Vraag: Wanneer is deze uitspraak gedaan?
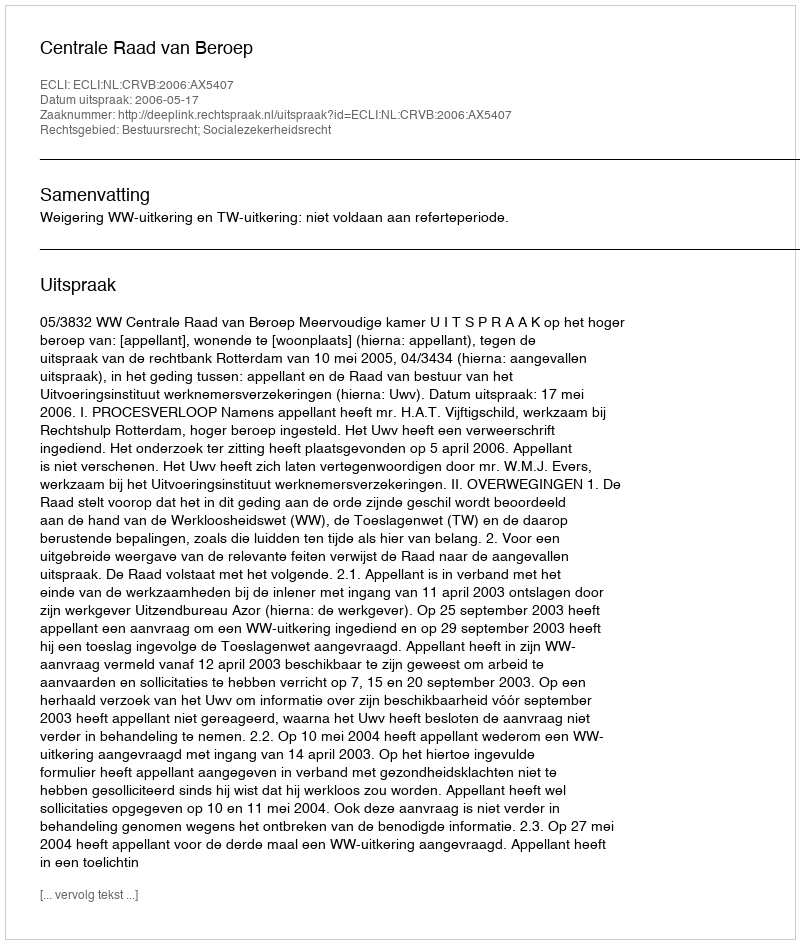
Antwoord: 2006-05-17